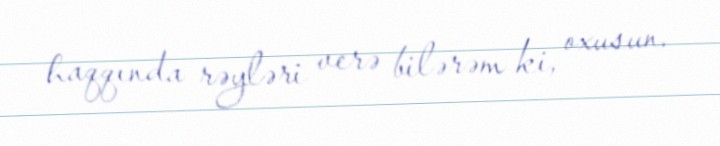
haqqında rəyləri verə bilərəm ki, oxusun.